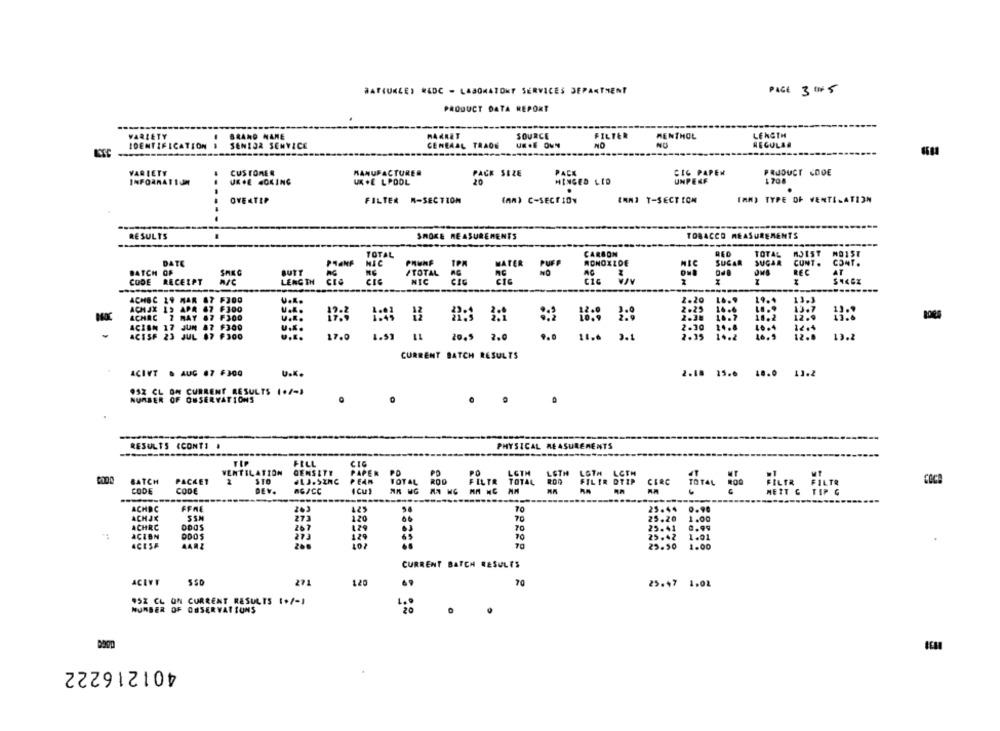
BATHURCE, REDC - LABORATORY SERVICES DEPARTMENT
PAGE 3 OF5
PRODUCT DATA REPORT
VARIETY
BRAND NAME
HAKKET
SOURCE
FILTER
MENTHOL
LENGTH
IDENTIFICATION I
SENIOR SEMVICE
GENERAL TRADE
UK .E OWN
NO
REGULAR
LETY
CUSTOMER
MANUFACTURER
PACK SIZE
PACE
CIG PAPEN
PRODUCT CODE
INFORMATION
UK.E WOKING
U .E LPOOL
20
HINGED LID
UNPERF
1700
OVE4TEP
FILTER M-SECTION
(A) C-SECTION
EMNI T-SECTION
(RM) TYPE OF VENTILATION
TOBACCO MEASUREMENTS
RESULTS
SMOKE MEASUREMENTS
TOTAL
CARBON
TOTAL
MOIST
MOIST
DATE
PRANF
NIC
1PK
WATER
MONOXIDE
NIC
SUGAR
SUGAR
CUNT .
CONT.
BATCH OF
SAKC
BUTT
TOTAL
REC
AT
CODE
RECEIPT
LENGTH
NIC
CIC
ACHSC 19 MAR 87 F300
U.k.
2.20
19.4
13.3
ACHJX 15
APR
07 F300
2.23
ACHAC
JAY 87 F300
U.K.
2.28 16:7
12.6
ACION
117 JUN 87 F300
U ...
14.8
LA .4
14.4
ACISF 23
JUL 17 F300
U.E.
17.0
20.5 2.0
9.0 18.6 3.1
12.0
13.2
1.53 11
CURRENT BATCH RESULTS
ACIVT & AUC #7 6300
U.K.
2.18 15.6 18.0 13.2
952 CL ON CURRENT RESULTS (+/-)
NUMBER OF OUSERVATIONS
.
RESULTS <CONTI .
PHYSICAL MEASUREMENTS
FILL
CIG
VENTILATION
DENSITE
LGTH
MT
BATCH
PACKET
FILER DTIP CERC
TOTAL
FILTR
FILTR
COCO
CODE
CODE
DEV.
AGACC
( Cu)
TOTAL 200 FLIR
MEET & TIP C
-
ACHDC
FFRE
263
425
70
ACHAK
273
120
70
0.90
ACHRC
367
25.2
TO
ACIBN
DDOS
65
70
:00
ACESA
200
70
23:56
1.00
CURRENT BATCH RESULTS
ACLVY
SSD
271
1.20
70
25.47 1.01
952 CL ON CURRENT RESULTS (+/-)
NUMBER OF OBSERVAT SUNS
401216222